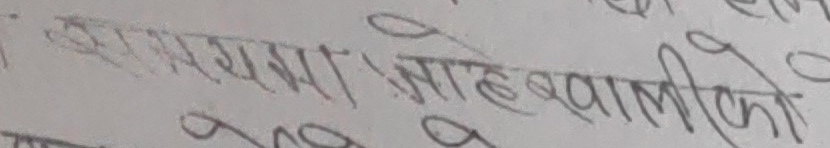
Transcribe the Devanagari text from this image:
सारांशमा: आहे खालीको